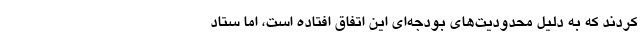
کردند که به دلیل محدودیت‌های بودجه‌ای این اتفاق افتاده است، اما ستاد